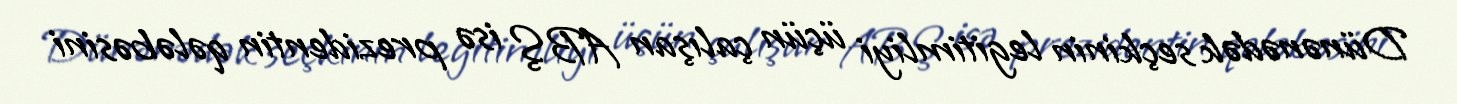
Dünənədək seçkinin legitimliyi üçün çalışan ABŞ isə prezidentin qələbəsini